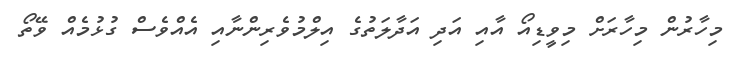
މިހާރުން މިހާރަށް މިވީޑިއޯ އާއި އަދި އަދާލަތުގެ އިލްމުވެރިންނާއި އެއްވެސް ގުޅުމެއް ވޭތޯ